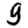
Digit: 9